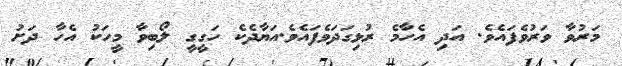
މަރުވާ ވަރުވެފައެވެ. އަދި އެހާމެ ރުޅިގަދަވެފައެވެ.އަޔާދެކެ ހަގީގީ ލޯބިވާ މީހަކު އެހާ ދަށު